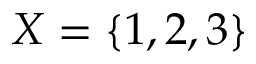
X = \{ 1 , 2 , 3 \}